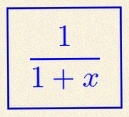
\frac{1}{1+x}